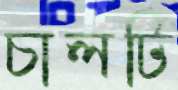
চালটি